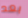
بعد